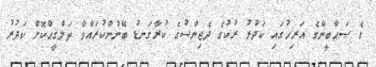
ގެ ޞަޙާބީންގެ އަރިހުގައި ކަދުރު ރުކުގެ ދެޖިންސުގެ ކުރާގަނޑު ބޭނުންކުރައްވާ ތަލްޤީޙްކޮށް ކަދުރު